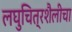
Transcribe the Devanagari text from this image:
लघुचित्रशैलीचा